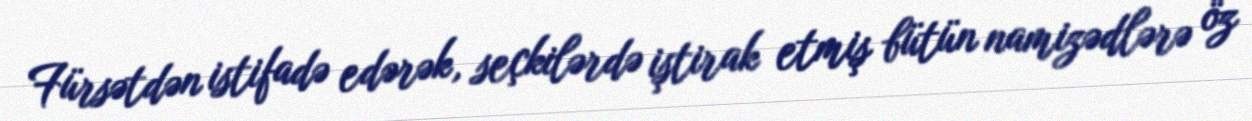
Fürsətdən istifadə edərək, seçkilərdə iştirak etmiş bütün namizədlərə öz